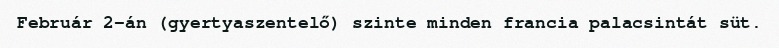
Február 2-án (gyertyaszentelő) szinte minden francia palacsintát süt.